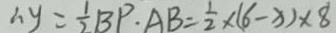
\therefore y = \frac { 1 } { 2 } B P \cdot A B = \frac { 1 } { 2 } \times ( 6 - x ) \times 8